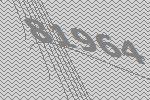
81964